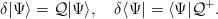
LaTeX: \begin{align*}\delta|\Psi\rangle={\cal Q}|\Psi\rangle,\quad \delta \langle\Psi|=\langle\Psi|{\cal Q}^+.\end{align*}